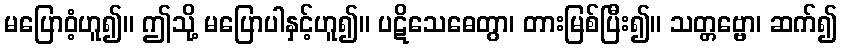
မပြောဝံ့ဟူ၍။ ဤသို့ မပြောပါနှင့်ဟူ၍။ ပဋိသေဓေတွာ၊ တားမြစ်ပြီး၍။ သတ္တဗ္ဗော၊ ဆက်၍